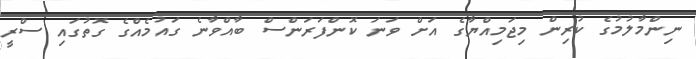
ނިންމާލުމުގެ ކުރިން މިޖަމިއްޔާގެ އަށް ވަނަ ކޮންފަރަންސް ބާއްވާނެ ގައުމެއްގެ ގޮތުގައި ސްރީ